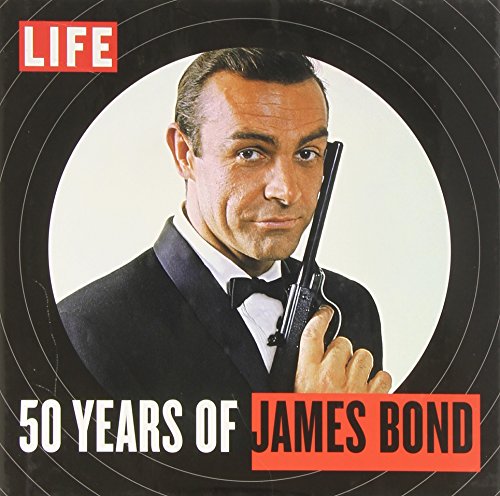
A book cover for LIFE 50 Years of James Bond; The Editors of LIFE Books; Humor & Entertainment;